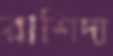
রাশিদা